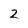
Character: 2